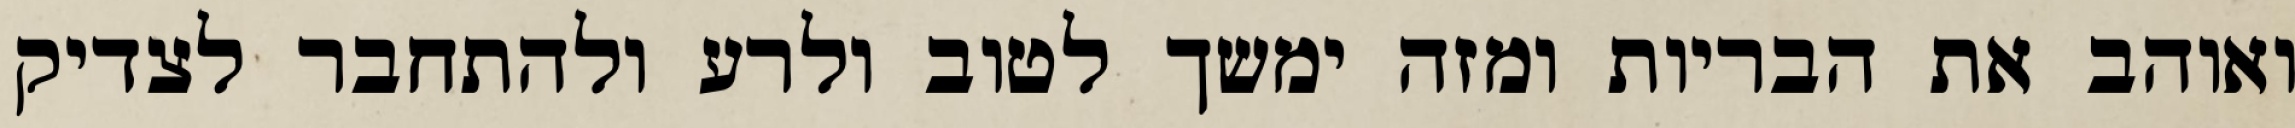
ואוהב את הבריות ומזה ימשך לטוב ולרע ולהתחבר לצדיק